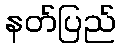
နတ်ပြည်